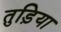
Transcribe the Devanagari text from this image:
तुड़िया